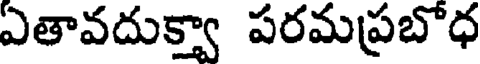
ఎతావదుక్త్వా పరమప్రబొధ